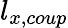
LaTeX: l_{x,coup}